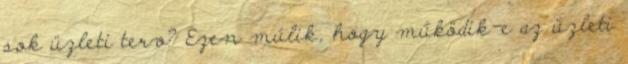
sok üzleti terv? Ezen múlik, hogy működik-e az üzleti